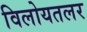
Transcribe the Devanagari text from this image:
विलोयतलर